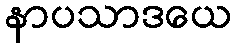
နာပသာဒယေ